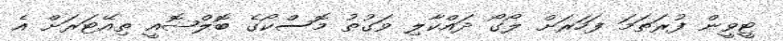
ޓީވީން ފުރަތަމަ ފަހަރަށް ލޯގޯ ދައްކާލި ވަގުތު މޮސްކޯގެ ބޮލްޝޮއީ ތިއޭޓަރަށް އެ